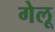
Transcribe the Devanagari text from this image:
गेलू